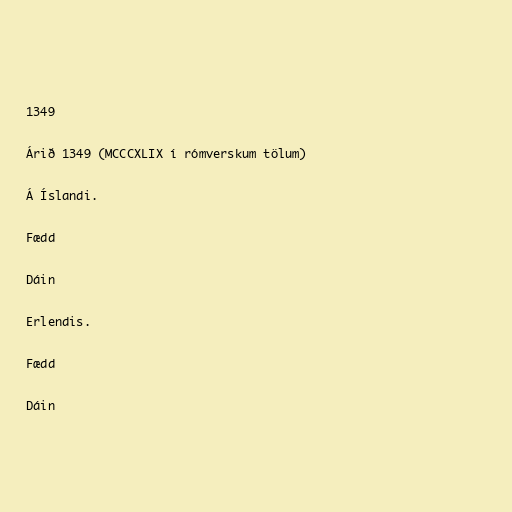
1349

Árið 1349 (MCCCXLIX í rómverskum tölum)

Á Íslandi.

Fædd

Dáin

Erlendis.

Fædd

Dáin